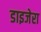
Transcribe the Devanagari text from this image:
डाइजेरा